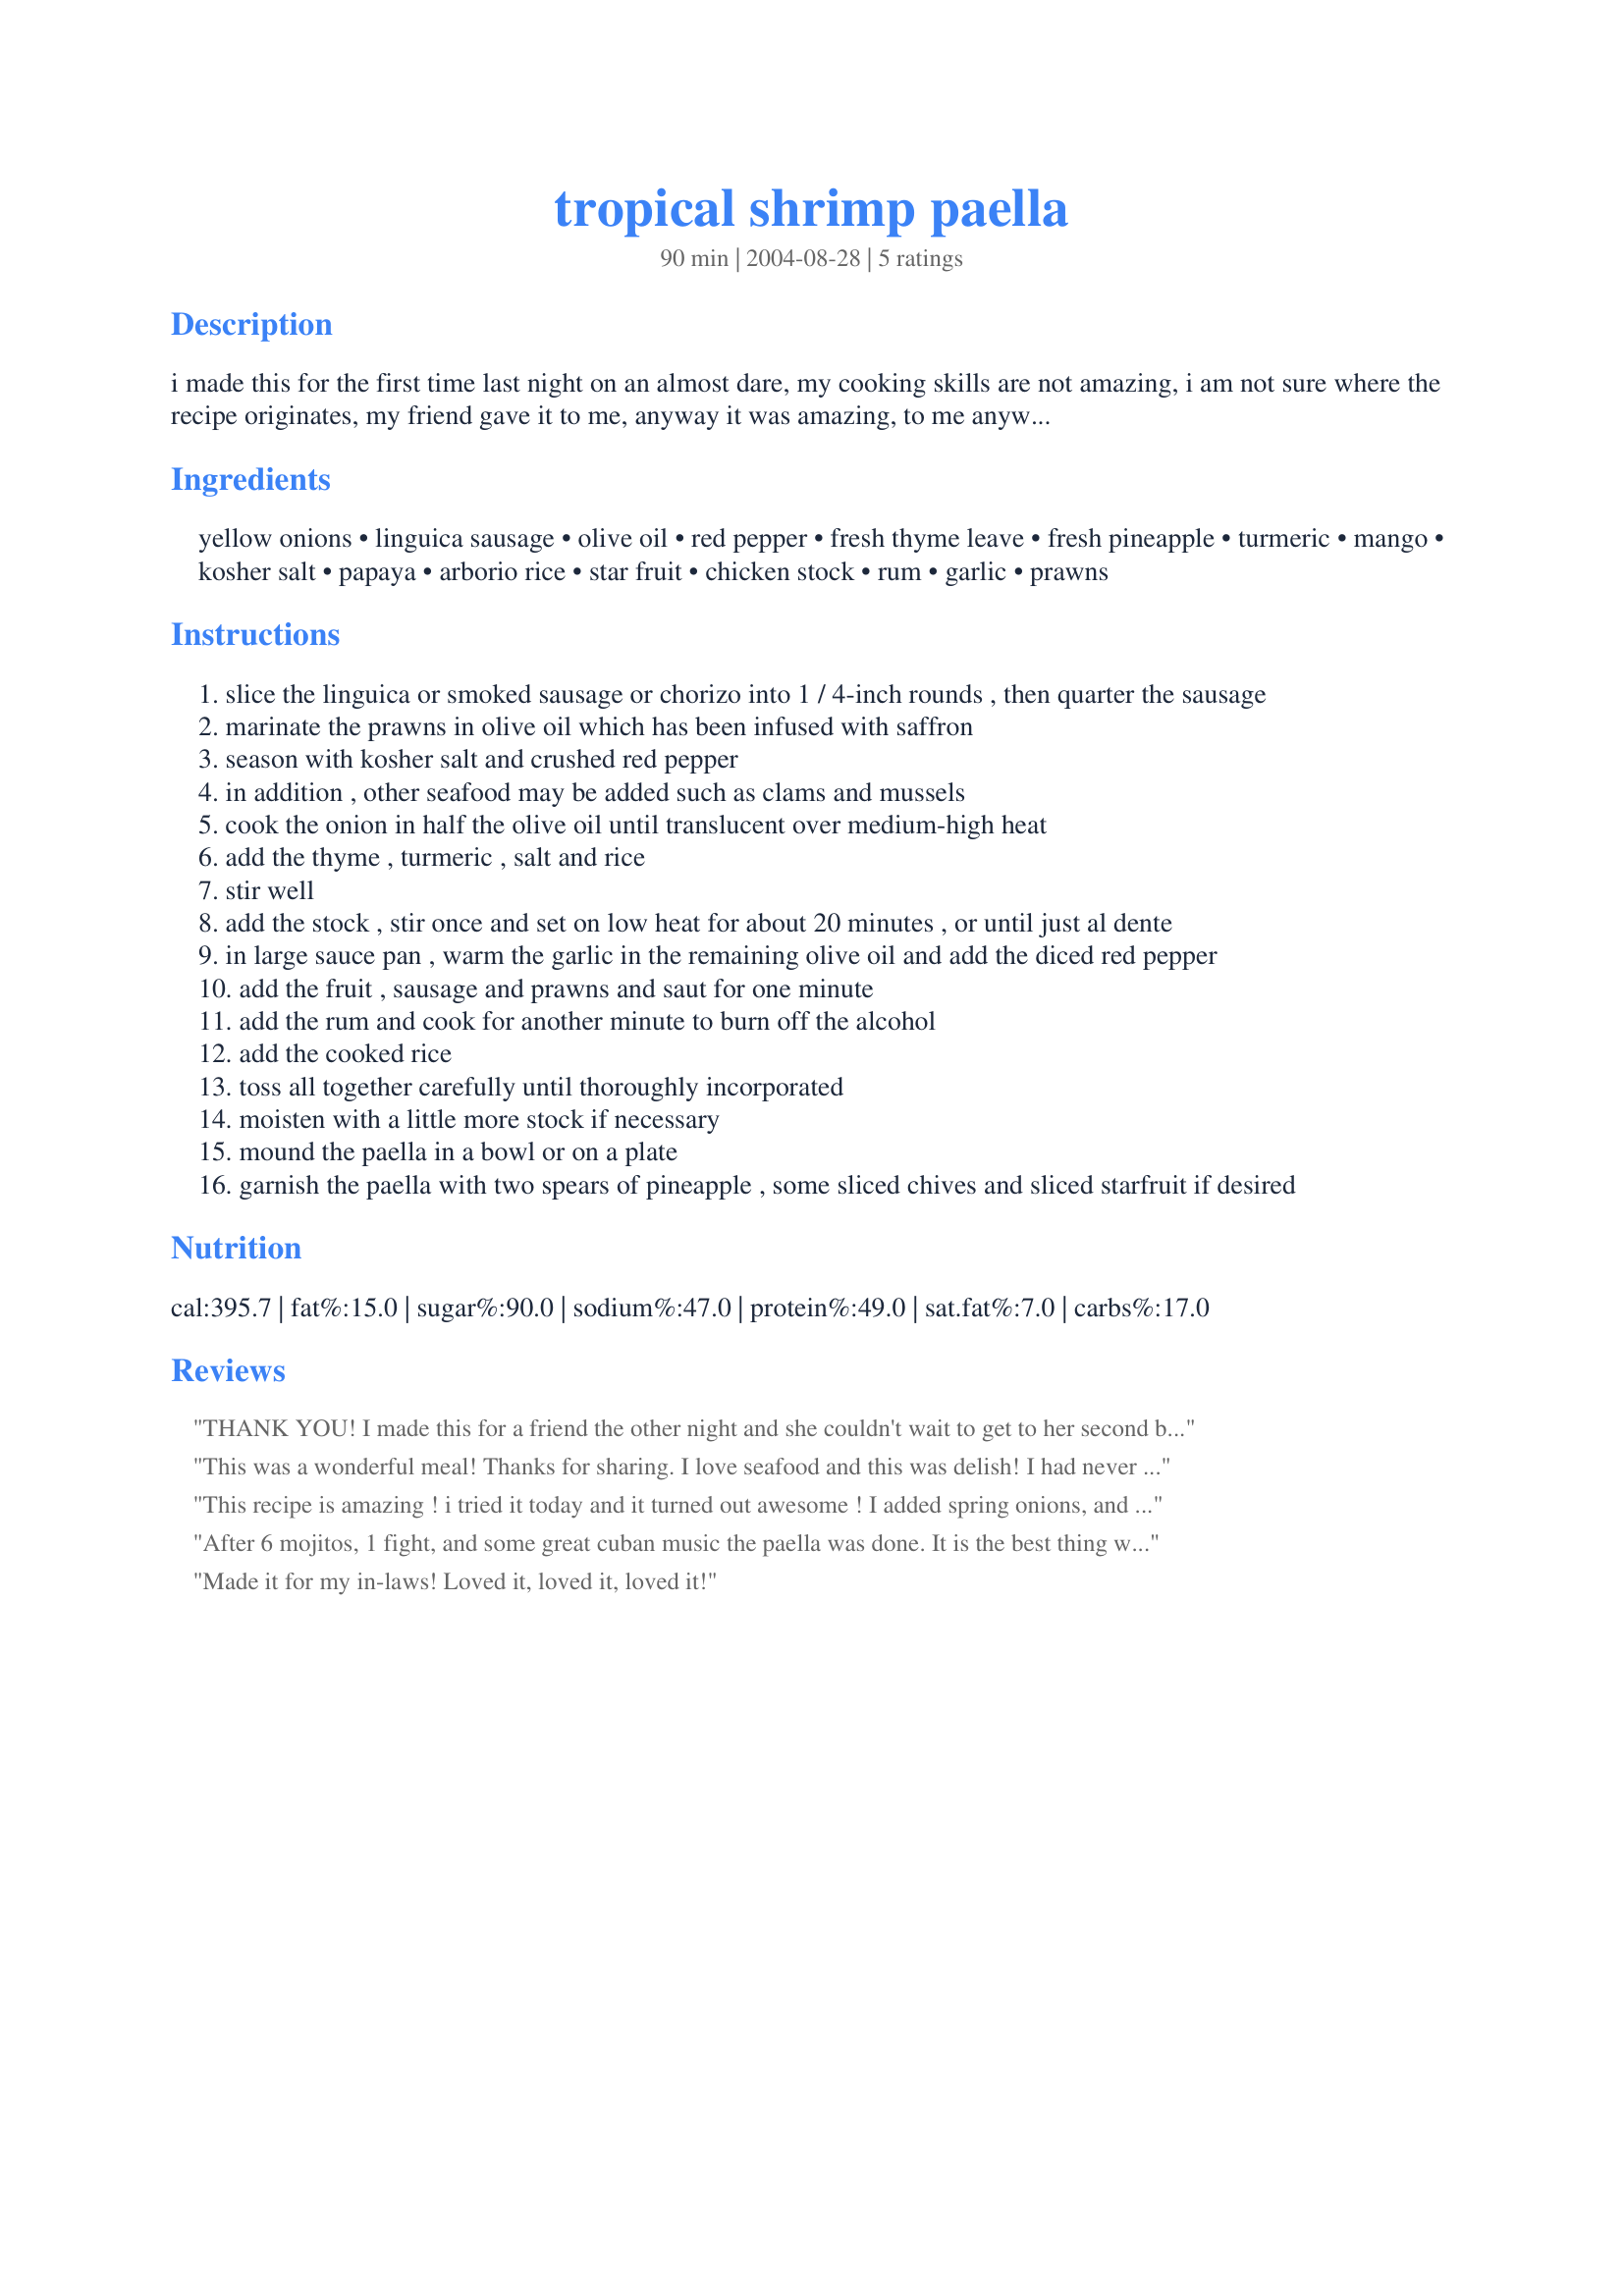
tropical shrimp paella
Preparation time: 90 minutes

i made this for the first time last night on an almost dare, my cooking skills are not amazing, i am not sure where the recipe originates, my friend gave it to me, anyway it was amazing, to me anyway! it looks difficult and lengthy but it really is not, just takes time to get it together but i love chopping. prep and cooking time is estimated.

Ingredients:
yellow onions, linguica sausage, olive oil, red pepper, fresh thyme leave, fresh pineapple, turmeric, mango, kosher salt, papaya, arborio rice, star fruit, chicken stock, rum, garlic, prawns

Steps:
slice the linguica or smoked sausage or chorizo into 1 / 4-inch rounds , then quarter the sausage
marinate the prawns in olive oil which has been infused with saffron
season with kosher salt and crushed red pepper
in addition , other seafood may be added such as clams and mussels
cook the onion in half the olive oil until translucent over medium-high heat
add the thyme , turmeric , salt and rice
stir well
add the stock , stir once and set on low heat for about 20 minutes , or until just al dente
in large sauce pan , warm the garlic in the remaining olive oil and add the diced red pepper
add the fruit , sausage and prawns and saut for one minute
add the rum and cook for another minute to burn off the alcohol
add the cooked rice
toss all together carefully until thoroughly incorporated
moisten with a little more stock if necessary
mound the paella in a bowl or on a plate
garnish the paella with two spears of pineapple , some sliced chives and sliced starfruit if desired

Reviews:
THANK YOU! I made this for a friend the other night and she couldn't wait to get to her second bowl. The sweet and spicy flavors make this dish a repeater. I had plenty of leftovers to bring in to work the next and the smell had people from all over the building asking where the aroma was coming from. I couldn't find arborio rice or paella rice. so I just used medium-grain rice. The recipe still came out delicious. Most of the time was spent on preparation.
This was a wonderful meal! Thanks for sharing. I love seafood and this was delish! I had never used arborio rice. Wonderful and I will make again.
This recipe is amazing ! i tried it today and it turned out awesome !
I added spring onions, and green peas to the prawns. I also didn't have saffron so i sprinkled curry powder over the shrimps instead..i also ommited the sausage as i didn't have any..this was a perfect recipe :) thanx alot for sharing :)
After 6 mojitos, 1 fight, and some great cuban music the paella was done. It is the best thing we have ever cooked together, and the leftovers made everyone at work jealous. We are going to make it a tradition. NOTE: pre-cook the sausage and prawns.
Made it for my in-laws! Loved it, loved it, loved it!
